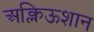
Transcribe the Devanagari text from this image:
अक्लिऊशान